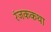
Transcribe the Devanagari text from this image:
रंजककथा